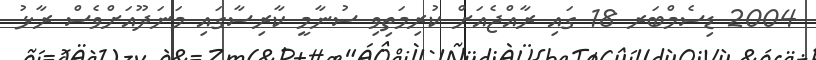
2004 ޑިސެމްބަރ 18 ގައި ރާއްޖެއަށް ކުރިމަތިވި ސުނާމީ ކާރިސާގައި މަނަދޫއަށްވެސް ރާޅު